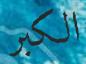
الكبر